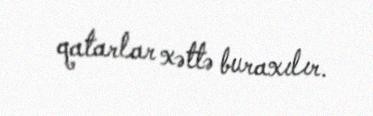
qatarlar xəttə buraxılır.